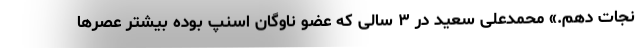
نجات دهم.» محمدعلی سعید در ۳ سالی که عضو ناوگان اسنپ بوده بیشتر عصرها